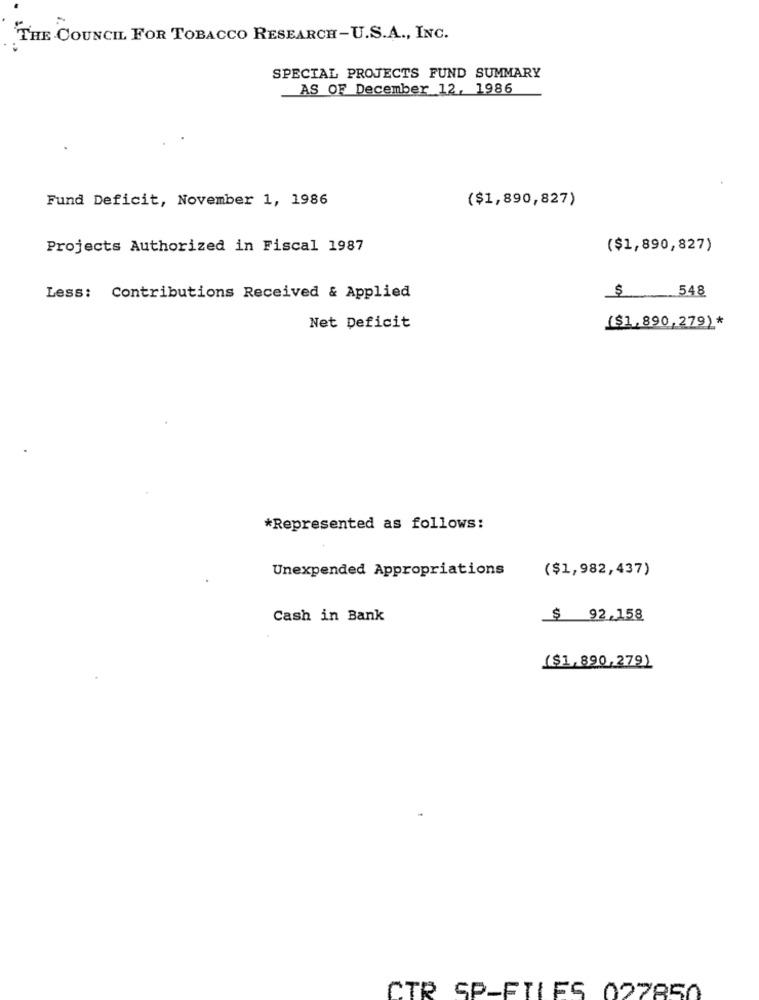
THE COUNCIL FOR TOBACCO RESEARCH-U.S.A ., INC.
SPECIAL PROJECTS FUND SUMMARY
AS OF December 12, 1986
Fund Deficit, November 1, 1986
($1,890,827)
Projects Authorized in Fiscal 1987
($1,890,827)
Less: Contributions Received & Applied
$ 548
Net Deficit
($1,890, 279)*
*Represented as follows:
Unexpended Appropriations
($1,982,437)
Cash in Bank
$ 92,158
($1,890,279)
CTR SP-FILES 027850